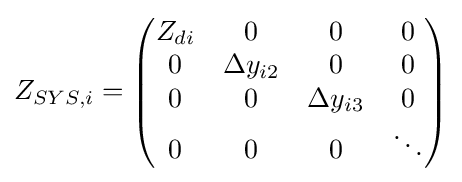
Z_{SYS,i}={\begin{pmatrix}Z_{di}&0&0&0\\0&\Delta y_{i2}&0&0\\0&0&\Delta y_{i3}&0\\0&0&0&\ddots \end{pmatrix}}